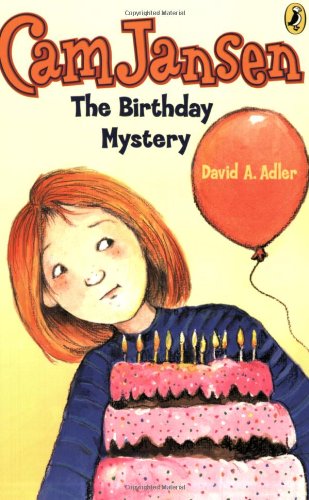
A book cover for Cam Jansen: the Birthday Mystery #20; David A. Adler; Children's Books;